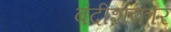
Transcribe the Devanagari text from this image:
बंदीशकार